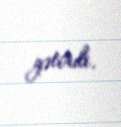
gətirdi.